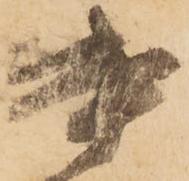
書